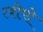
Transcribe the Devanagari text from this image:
त्शेपो